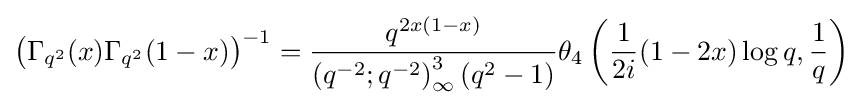
\left(\Gamma _{q^{2}}(x)\Gamma _{q^{2}}(1-x)\right)^{-1}={\frac {q^{2x(1-x)}}{\left(q^{-2};q^{-2}\right)_{\infty }^{3}\left(q^{2}-1\right)}}\theta _{4}\left({\frac {1}{2i}}(1-2x)\log q,{\frac {1}{q}}\right)